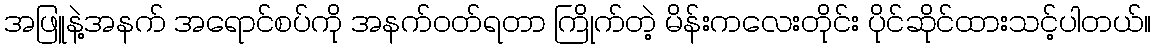
အဖြူနဲ့အနက် အရောင်စပ်ကို အနက်ဝတ်ရတာ ကြိုက်တဲ့ မိန်းကလေးတိုင်း ပိုင်ဆိုင်ထားသင့်ပါတယ်။